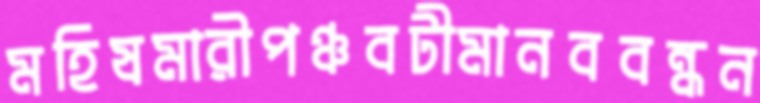
মহিষমারীপঞ্চবটীমানববন্ধন